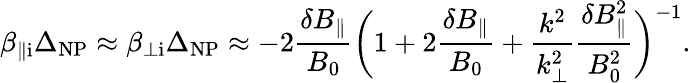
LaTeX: \beta_{\parallel\mathrm{i}}\Delta_{\mathrm{NP}}\approx\beta_{\perp\mathrm{i}}\Delta_{\mathrm{NP}}\approx-2\frac{\delta B_{\parallel}}{B_{0}}\biggl(1+2\frac{\delta B_{\parallel}}{B_{0}}+\frac{k^{2}}{k_{\perp}^{2}}\frac{\delta B_{\parallel}^{2}}{B_{0}^{2}}\biggr)^{-1}.